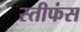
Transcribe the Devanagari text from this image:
स्तीफंस